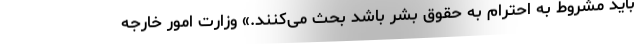
باید مشروط به احترام به حقوق بشر باشد بحث می‌کنند.» وزارت امور خارجه